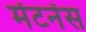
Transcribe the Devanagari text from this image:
मेंटनेंस